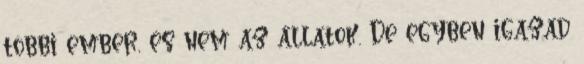
többi ember, és nem az állatok. De egyben igazad